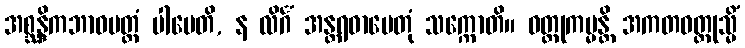
အစ္ဆန္ဒိကဘာဝမတ္တံ ပါပေတိ, န လိင်္ဂံ အန္တရဓာပေတုံ သက္ကောတိ။ ဝတ္ထုကမ္မန္တိ အကတဝတ္ထုသ္မိံ